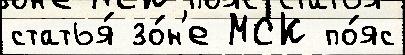
статья́ зо́н'е МСК по́яс